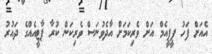
އެއަށް ފަހު ޕީޕީއެމް އަށް ވެރިކަމަށް އާދެވުނަސް ވެރިކަން ކުރާ ޕާޓީއެއްގެ ދައުރު